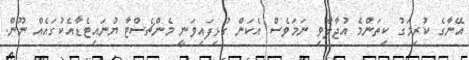
އޭނާގެ ކުރިމަގު ކިތަންމެ އުޖާލާވި ނަމަވެސް އެކަން ގުޅިފައިވަނީ މެންޗެސްޓާ ޔުނައިޓެޑާއެކުގައެއް ނޫން.